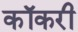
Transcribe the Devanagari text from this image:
कॉकरी